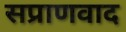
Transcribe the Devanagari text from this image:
सप्राणवाद